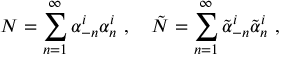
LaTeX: N = \sum _ { n = 1 } ^ { \infty } \alpha _ { - n } ^ { i } \alpha _ { n } ^ { i } ~ , ~ ~ ~ \tilde { N } = \sum _ { n = 1 } ^ { \infty } \tilde { \alpha } _ { - n } ^ { i } \tilde { \alpha } _ { n } ^ { i } \ ,